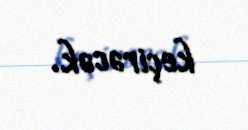
keçirəcək.